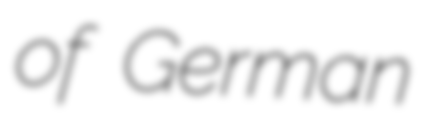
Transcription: of German